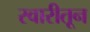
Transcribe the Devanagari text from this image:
स्वारीतून